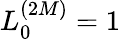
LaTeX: L_{0}^{(2M)}=1